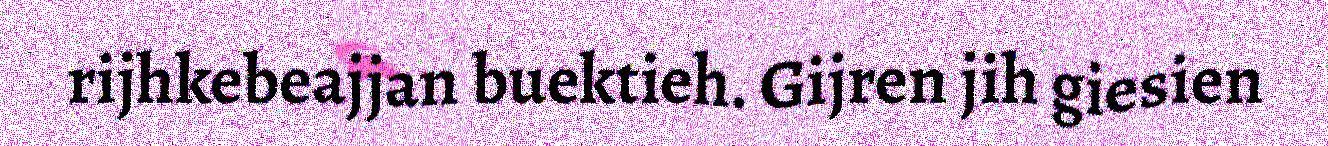
rijhkebeajjan buektieh. Gijren jih giesien